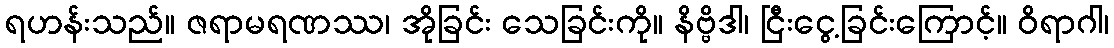
ရဟန်းသည်။ ဇရာမရဏဿ၊ အိုခြင်း သေခြင်းကို။ နိဗ္ဗိဒါ၊ ငြီးငွေ့ခြင်းကြောင့်။ ဝိရာဂါ၊